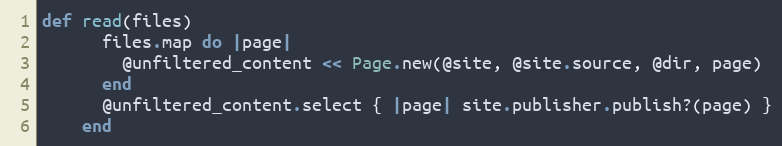
Language: Ruby
def read(files)
      files.map do |page|
        @unfiltered_content << Page.new(@site, @site.source, @dir, page)
      end
      @unfiltered_content.select { |page| site.publisher.publish?(page) }
    end